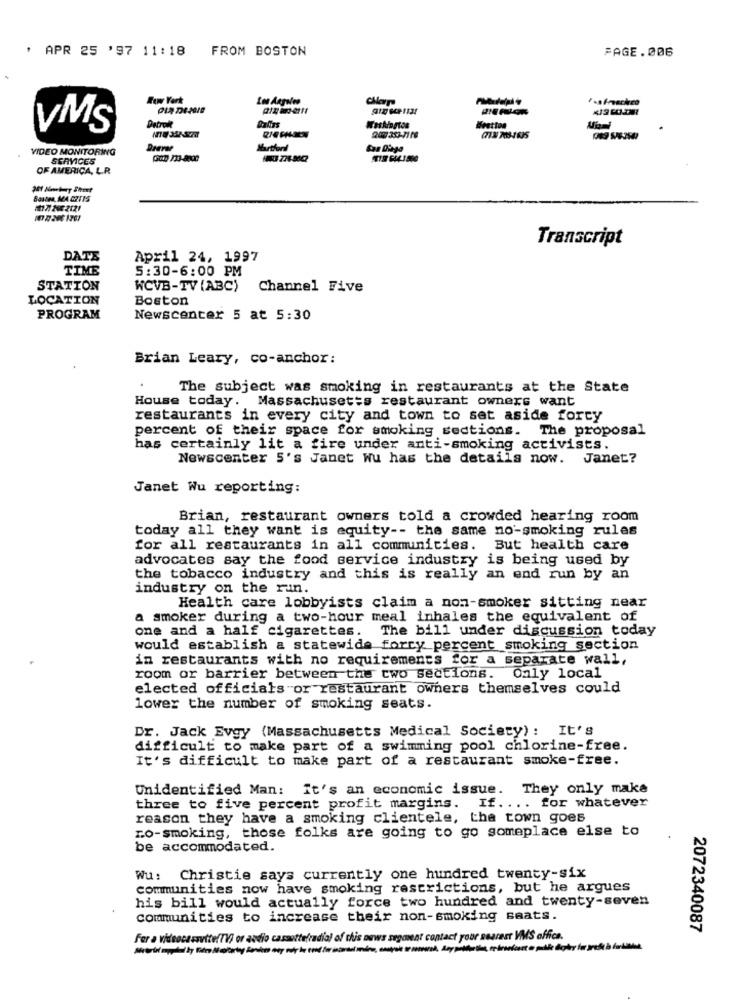
' APR 25 '97 11:18 FROM BOSTON
PAGE.006
Wow York
Los Angeles
VMS
Bestton
200 353-7119
(713 703-1635
VIDEO MONITORING
Marthordl
SERVICES
OF AMERICA, LR
Basten, MA 02115
1172822121
Transcript
DATE
April 24, 1997
TIME
5:30-6:00 PM
STATION
WCVB-TV (ABC)
Channel Five
LOCATION
Boston
PROGRAM
Newscenter 5 at 5:30
Brian Leary, co-anchor:
The subject was smoking in restaurants at the State
House today. Massachusetts restaurant owners want
restaurants in every city and town to set aside forcy
percent of their space for smoking sections. The proposal
has certainly lit a fire under anti-smoking activists.
Newscenter 5's Janet wu has the details now. Janet?
Janet Wu reporting:
Brian, restaurant owners told a crowded hearing room
today all they want is equity -- the same no-smoking rules
for all restaurants in all communities. But health care
advocates say the food service industry is being used by
the tobacco industry and this is really an end run by an
industry on the run.
Health care lobbyists claim a non-smoker sitting near
a smoker during a two-hour meal inhales the equivalent of
one and a half cigarettes.
The bill under discussion today
would establish a statewide forty percent smoking section
in restaurants with no requirements for a separate wall,
room or barrier between the two sections. Only local
elected officials or restaurant owners themselves could
lower the number of smoking seats.
Dr. Jack Evgy (Massachusetts Medical Society): It's
difficult to make part of a swimming pool chlorine-free.
It's difficult to make part of a restaurant smoke-free.
Unidentified Man: It's an economic issue. They only make
three to five percent profit margins. If. ... for whatever
reason they have a smoking clientele, the town goes
ro-smoking, those folks are going to go someplace else to
be accommodated.
Wu: Christie says currently one hundred twenty-six
communities now have smoking restrictions, but he argues
his bill would actually force two hundred and twenty-seven
communities to increase their non-smoking saats.
2072340087
fer a videocasovite(TV) or audio cassettefradia) of this news segment contact your soaresr VMMS office.